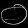
Digit: ၀